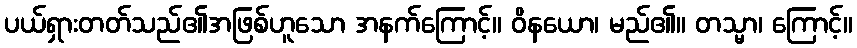
ပယ်ရှားတတ်သည်၏အဖြစ်ဟူသော အနက်ကြောင့်။ ဝိနယော၊ မည်၏။ တသ္မာ၊ ကြောင့်။